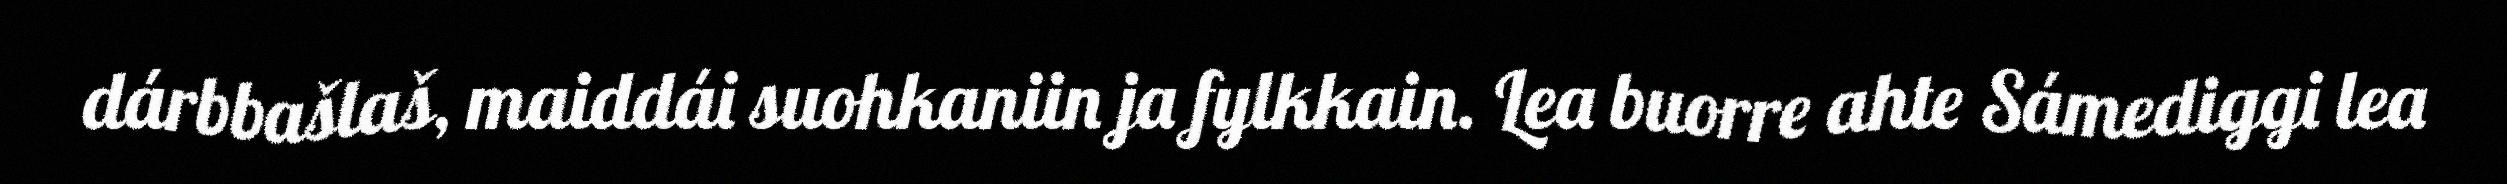
dárbbašlaš, maiddái suohkaniin ja fylkkain. Lea buorre ahte Sámediggi lea